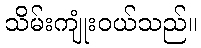
သိမ်းကျုံးဝယ်သည်။